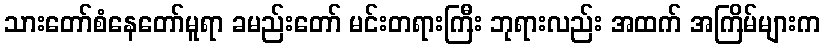
သားတော်စံနေတော်မူရာ ခမည်းတော် မင်းတရားကြီး ဘုရားလည်း အထက် အကြိမ်များက